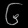
Digit: ၆